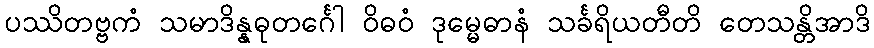
ပဿိတဗ္ဗကံ သမာဒိန္နဓုတင်္ဂေါ ဝိဓဝံ ဒုမ္မေဓာနံ သင်္ခရိယတီတိ တေသန္တိအာဒိ